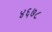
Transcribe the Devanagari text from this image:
४६७८